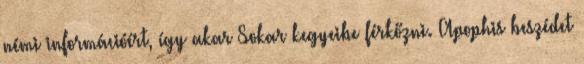
némi információért, így akar Sokar kegyeibe férkőzni. Apophis beszédet